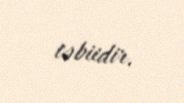
təbiidir.